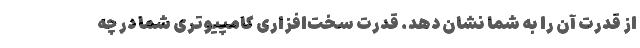
از قدرت آن را به شما نشان دهد. قدرت سخت‌افزاری کامپیوتری شما در چه